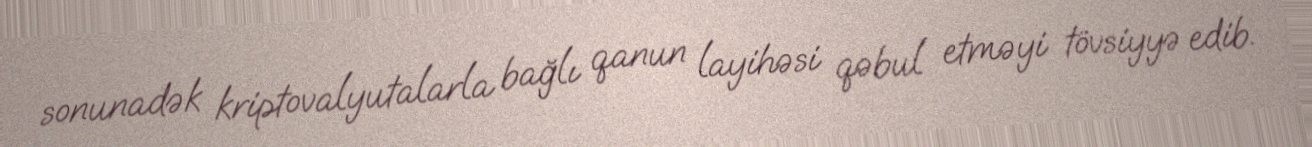
sonunadək kriptovalyutalarla bağlı qanun layihəsi qəbul etməyi tövsiyyə edib.